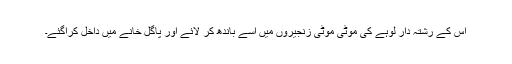
اس کے رشتہ دار لوہے کی موٹی موٹی زنجیروں میں اسے باندھ کر لائے اور پاگل خانے میں داخل کراگئے۔